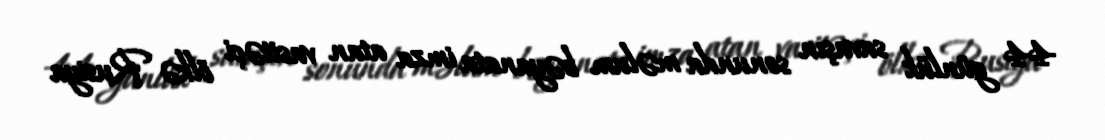
44 günlük savaşın sonunda məlum bəyanata imza atan vasitəçi ölkə Rusiya